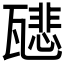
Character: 𤮑